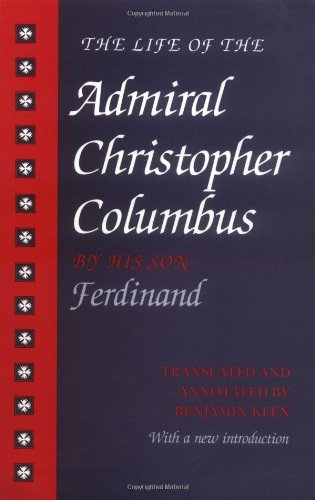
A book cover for The Life of the Admiral Christopher Columbus: by his Son Ferdinand; Biographies & Memoirs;